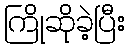
ကြိုဆိုခဲ့ပြီး